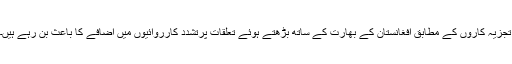
تجزیہ کاروں کے مطابق افغانستان کے بھارت کے ساتھ بڑھتے ہوئے تعلقات پرتشدد کارروائیوں میں اضافے کا باعث بن رہے ہیں۔